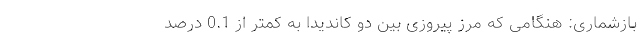
بازشماری: هنگامی که مرز پیروزی بین دو کاندیدا به کمتر از 0.1 درصد